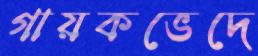
গায়কভেদে